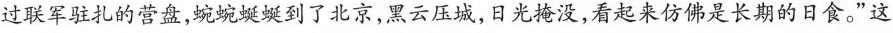
过联军驻扎的营盘，蜿蜿蜒蜒到了北京，黑云压城，日光掩没，看起来仿佛是长期的日食。”这